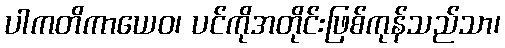
ပါကတိကာယေဝ၊ ပင်ကိုအတိုင်းဖြစ်ကုန်သည်သာ၊